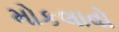
મોકલાવો